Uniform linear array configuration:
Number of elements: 32
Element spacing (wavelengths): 0.25
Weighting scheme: cosine
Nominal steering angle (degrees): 30
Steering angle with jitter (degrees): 31.201
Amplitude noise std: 0.05
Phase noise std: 0.05

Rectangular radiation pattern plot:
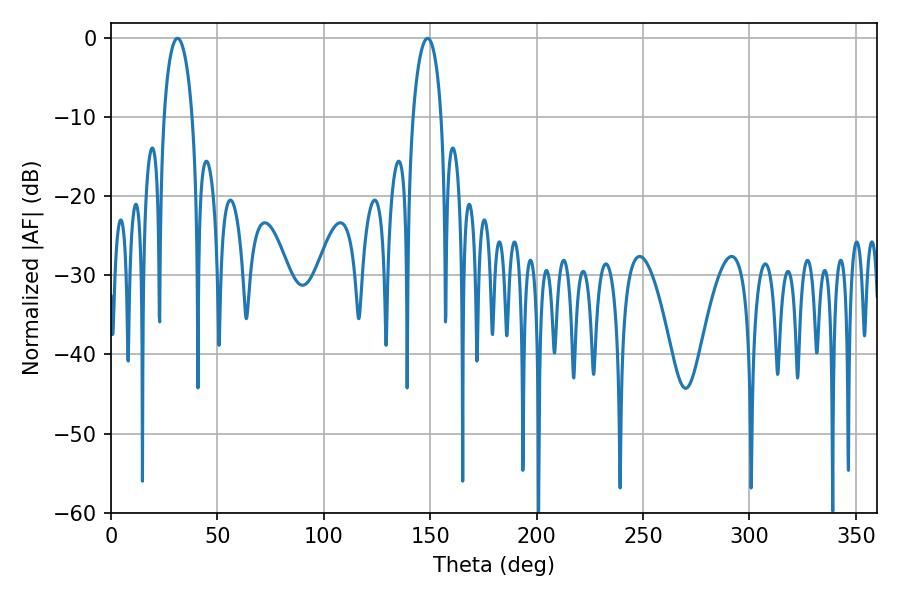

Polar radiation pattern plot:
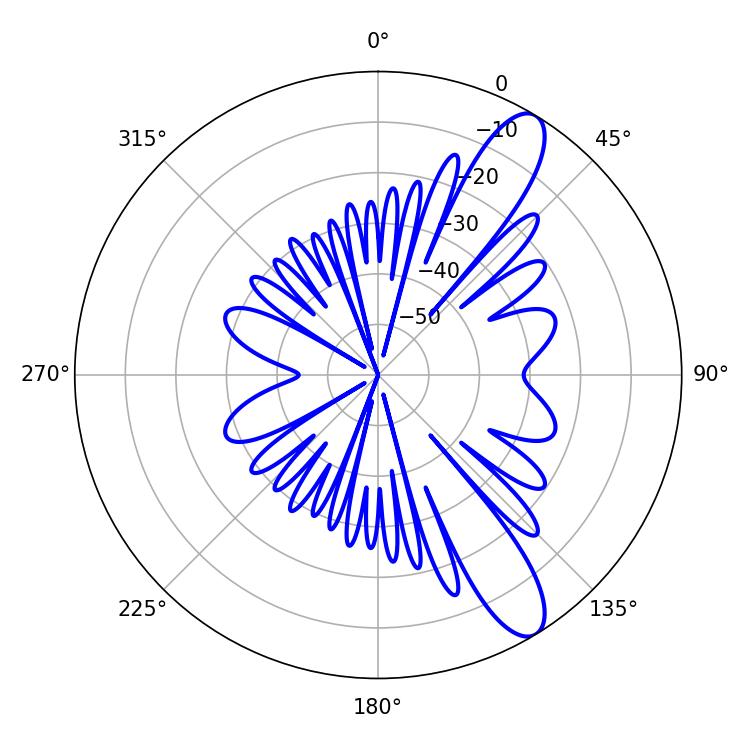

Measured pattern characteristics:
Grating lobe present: FALSE
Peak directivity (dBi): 11.171
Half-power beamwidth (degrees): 7.56
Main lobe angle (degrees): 148.68